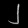
Digit: ၂